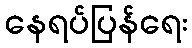
နေရပ်ပြန်ရေး